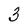
Character: 3